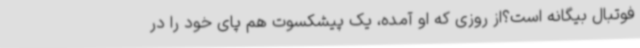
فوتبال بیگانه است؟از روزی که او آمده، یک پیشکسوت هم پای خود را در